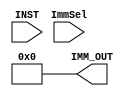
module ImmGen (
		 input [31:0] INST,
		 input ImmSel,
		 output reg [31:0] IMM_OUT
	);
	
	wire [6:0] OPCODE;
	assign OPCODE = INS[6:0];
	
	// Opcode parameters
    parameter TYPE_I_R      = 7'b0010011;
	parameter LUI           = 7'b0110111;
    parameter AUIPC         = 7'b0010111;
    parameter TYPE_B        = 7'b1100011;
    parameter TYPE_I_LOAD   = 7'b0000011;
    parameter TYPE_S        = 7'b0100011;
    parameter TYPE_JAL      = 7'b1101111;
    parameter TYPE_JALR     = 7'b1100111;
	
	always@(*) begin
		if (ImmSel) begin
			case(OPCODE)
				TYPE_I_R:
					IMM_OUT = {{20{INST[31]}}, INST[31:20]};
				LUI:
					IMM_OUT = {INST[31:12], 12'b0};
				AUIPC:
					IMM_OUT = {INST[31:12], 12'b0};
				TYPE_B:
					IMM_OUT = {{20{INST[31]}}, INST[7], INST[30:25], INST[11:8],1'b0};
				TYPE_I_LOAD:
					IMM_OUT = {{20{INST[31]}}, INST[31:20]};
				TYPE_S:
					IMM_OUT = {{20{INST[31]}}, INST[31:25], INST[11:7]};
				TYPE_JAL:
					IMM_OUT = {{12{INST[31]}}, INS[19:12], INST[20], INST[30:21],1'b0};
				TYPE_JALR:
					IMM_OUT = {{20{INST[31]}}, INST[31:20]};
				default: IMM_OUT = {32{1'b0}};  // Default to zero if an unsupported opcode is specified
			endcase
		end 
		else 
			// If ImmSel is not active, set IMM_OUT to zero
         IMM_OUT = {32{1'b0}};
	end
endmodule